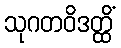
သုဂတဝိဒတ္ထိံ